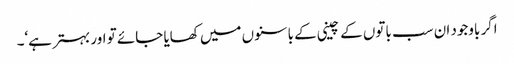
اگر باوجود ان سب باتوں کے چینی کے باسنوں میں کھایا جائے تو اور بہتر ہے‘۔